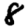
Digit: 8